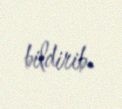
bildirib.